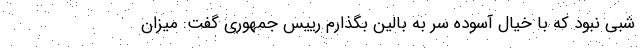
شبی نبود که با خیال آسوده سر به بالین بگذارم رییس جمهوری گفت: میزان